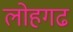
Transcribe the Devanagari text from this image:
लोहगढ